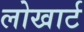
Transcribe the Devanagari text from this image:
लोखार्ट